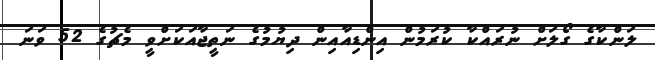
ލަންކާގެ ގޯލަށް ނުރައްކާ ކުރަމުން އިންޑިއާއިން ދިޔުމުގެ ނަތީޖާއަކަށްވީ މެޗުގެ 52 ވަނަ